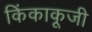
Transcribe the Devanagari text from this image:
किंकाकूजी